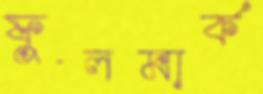
ফুলমার্ক